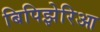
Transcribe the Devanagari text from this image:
बिपिझेरिआ